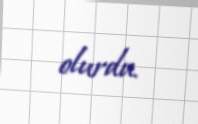
olurdu.